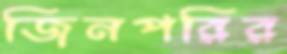
জিনপরির